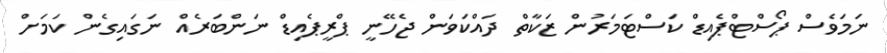
ނަމަވެސް ޕޯސްޓްޕެއިޑް ކަސްޓަމަރުން ޒަކާތް ދައްކަވަން ޖެހޭނީ ޕްރީޕެއިޑް ނަންބަރެއް ނަގައިގެން ކަމަށް